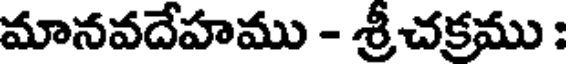
మానవదేహము - శ్రీచక్రము :